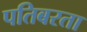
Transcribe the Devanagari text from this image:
पतिबरता